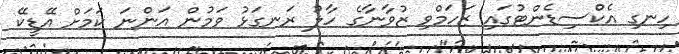
ހިނގި އެކްސިޑެންޓުގައި ޒަހަމްވި ޒުވާނާގެ ހާލު ރަނގަޅު ވަމުން އަންނަ ކަމަށް އޭޑީކޭ